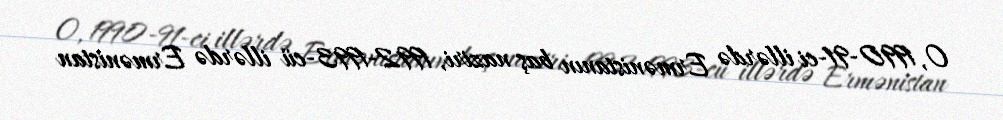
O, 1990-91-ci illərdə Ermənistanın baş naziri, 1992-1993-cü illərdə Ermənistan